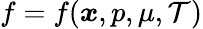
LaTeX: f=f(\boldsymbol{x},p,\mu,\mathcal{T})